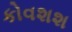
કોવશશ